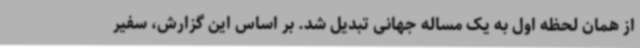
از همان لحظه اول به یک مساله جهانی تبدیل شد. بر اساس این گزارش، سفیر